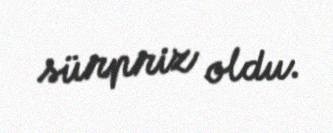
sürpriz oldu.